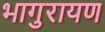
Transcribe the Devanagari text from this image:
भागुरायण